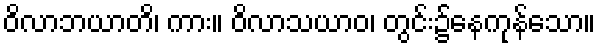
ဝိလာဘယာတိ၊ ကား။ ဝိလာသယာဝ၊ တွင်း၌နေကုန်သော။